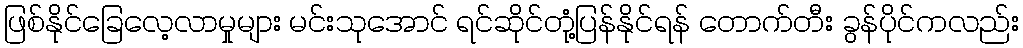
ဖြစ်နိုင်ခြေလေ့လာမှုများ မင်းသုအောင် ရင်ဆိုင်တုံ့ပြန်နိုင်ရန် တောက်တီး ခွန်ပိုင်ကလည်း